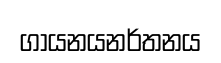
ගායනයනර්තනය